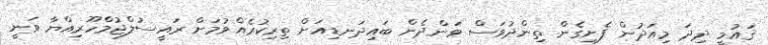
ޤައުމީ ދިދަ މިއަދުން ފެށިގެން ތިންދުވަސް ވަންދެން ބައިދަނޑިއަށް ތިރިކުރެއްވުމަށް ރައީސުލްޖުމްހޫރިއްޔާ ވަނީ